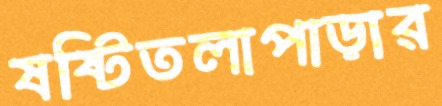
ষষ্টিতলাপাড়ার